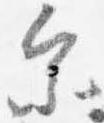
参